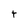
Character: t